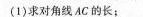
(1)求对角线AC的长；